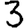
Digit: 3